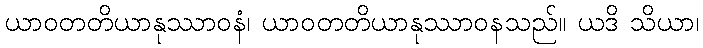
ယာဝတတိယာနုဿာဝနံ၊ ယာဝတတိယာနုဿာဝနသည်။ ယဒိ သိယာ၊